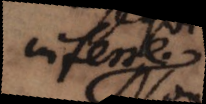
inferre